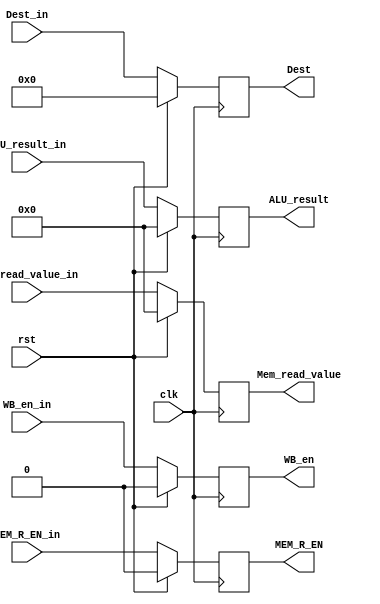
module MEM_stage_reg(input clk, input rst, input WB_en_in, input MEM_R_EN_in, input[31:0] ALU_result_in, input[31:0] Mem_read_value_in, input[4:0] Dest_in, output reg WB_en, output reg MEM_R_EN, output reg[31:0] ALU_result, output reg[31:0] Mem_read_value, output reg[4:0] Dest);

always @(posedge clk) begin
	if (rst) begin
		MEM_R_EN = 1'b0;
		Mem_read_value = 1'b0;
		ALU_result = 1'b0;
		WB_en = 1'b0;
		Dest = 1'b0;
	end
	else begin
		MEM_R_EN = MEM_R_EN_in;
		Mem_read_value = Mem_read_value_in;
		ALU_result = ALU_result_in;
		WB_en = WB_en_in;
		Dest = Dest_in;
	end
end

endmodule